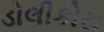
ડોલીકોસ